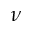
\nu